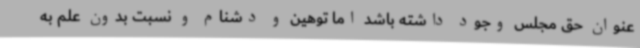
عنوان حق مجلس وجود داشته باشد اما توهین و دشنام و نسبت بدون علم به